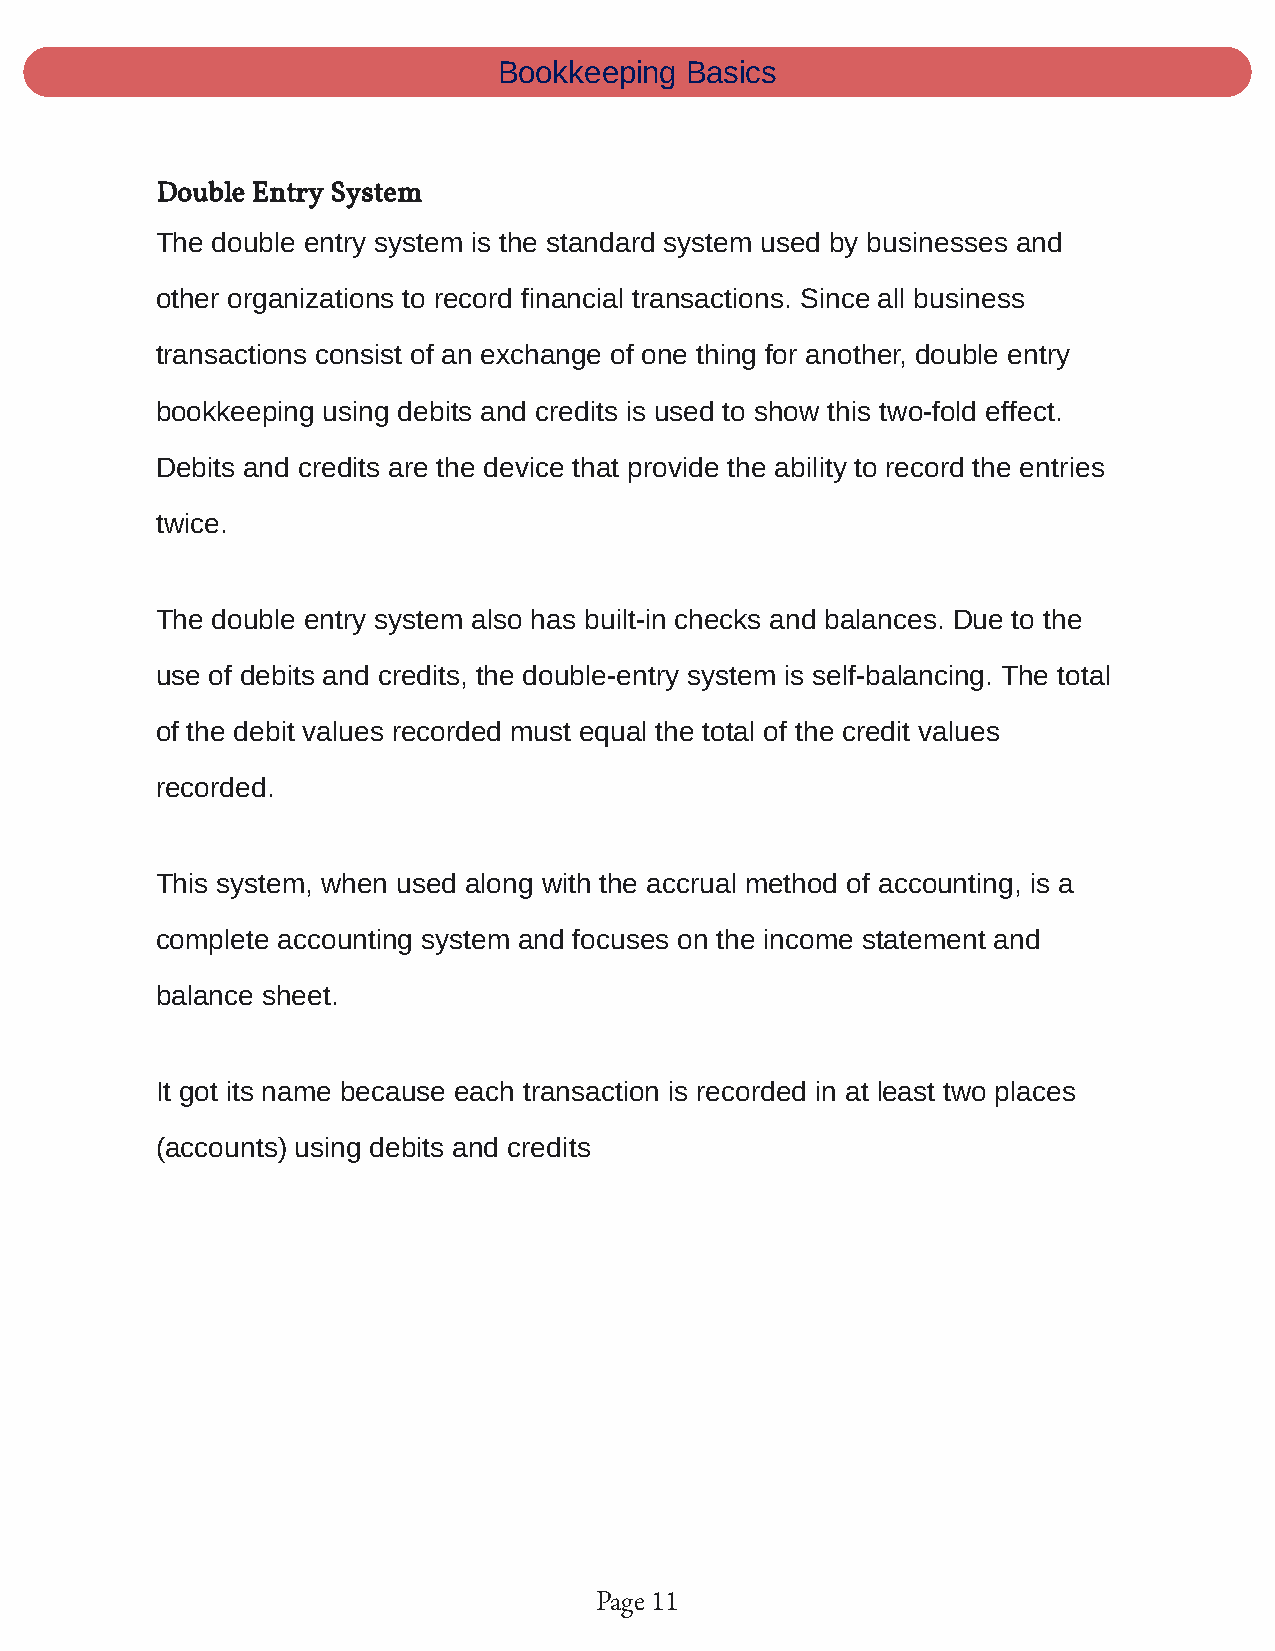
Bookkeeping Basics
 Double Entry System
 The double entry system is the standard system used by businesses and
 other organizations to record financial transactions. Since all business
 transactions consist of an exchange of one thing for another, double entry
 bookkeeping using debits and credits is used to show this two-fold effect.
 Debits and credits are the device that provide the ability to record the entries
 twice.
 The double entry system also has built-in checks and balances. Due to the
 use of debits and credits, the double-entry system is self-balancing. The total
 of the debit values recorded must equal the total of the credit values
 recorded.
 This system, when used along with the accrual method of accounting, is a
 complete accounting system and focuses on the income statement and
 balance sheet.
 It got its name because each transaction is recorded in at least two places
 (accounts) using debits and credits
 Page 11